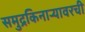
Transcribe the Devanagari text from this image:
समुद्रकिनार्‍यावरची